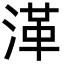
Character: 㴖